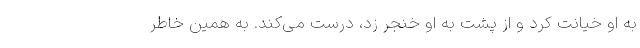
به او خیانت کرد و از پشت به او خنجر زد، درست می‌کند. به همین خاطر